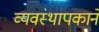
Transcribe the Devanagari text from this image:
व्यवस्थापकाने